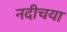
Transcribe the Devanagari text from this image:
नदीचया